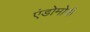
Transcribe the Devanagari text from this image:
एंडोमोर्फ